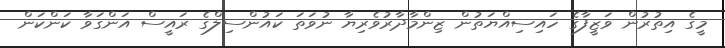
މީގެ އިތުރުން ވަޒީފާގެ ހައިސިއްޔަތުން ޒިންމާދާރުވެރިޔާ ނުވަތަ ކައުންސިލްގެ ރައީސް އަންގަވާ ކަންކަން